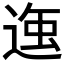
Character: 𮞣